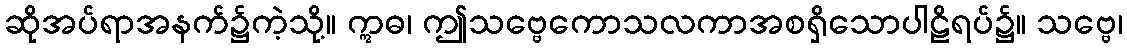
ဆိုအပ်ရာအနက်၌ကဲ့သို့။ ဣဓ၊ ဤသဗ္ဗေကောသလကာအစရှိသောပါဠိရပ်၌။ သဗ္ဗေ၊